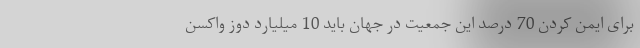
برای ایمن کردن 70 درصد این جمعیت در جهان باید 10 میلیارد دوز واکسن